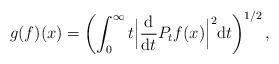
LaTeX: \begin{align*}g(f)(x)=\left(\int_{0}^{\infty}t\Big|\frac{\rm d}{{\rm d}t} P_t f(x)\Big|^2{\rm d}t\right)^{1/2},\end{align*}